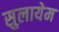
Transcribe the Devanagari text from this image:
सुलायेम